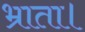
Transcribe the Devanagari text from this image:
भ्राता।